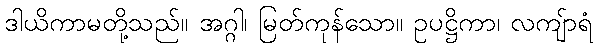
ဒါယိကာမတို့သည်။ အဂ္ဂါ၊ မြတ်ကုန်သော။ ဥပဋ္ဌိကာ၊ လကျ်ာရံ